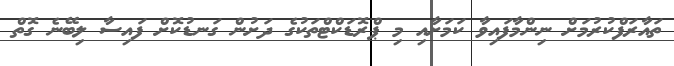
ތައާރަފްކުރުމަށް ނިންމާފައިވާ ކަމަށާއި މި ޕްރޮޑަކްޓްތަކުގެ ދަށުން ގަނޑުކޮށް ފައިސާ ލިބޭނެ ގޮތް